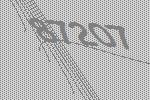
87207